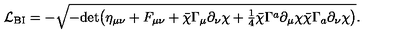
{ \cal L } _ { \mathrm { B I } } = - \sqrt { - \mathrm { d e t } \big ( \eta _ { \mu \nu } + F _ { \mu \nu } + \bar { \chi } \Gamma _ { \mu } \partial _ { \nu } \chi + { \textstyle { \frac { 1 } { 4 } } } \bar { \chi } \Gamma ^ { a } \partial _ { \mu } \chi \bar { \chi } \Gamma _ { a } \partial _ { \nu } \chi \big ) } .